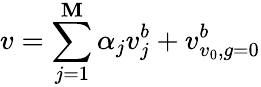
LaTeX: v=\sum_{j=1}^{\mathbf{M}}\alpha_{j}v_{j}^{b}+v_{v_{0},g=0}^{b}